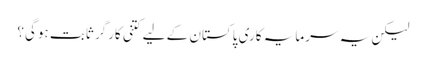
لیکن یہ سرمایہ کاری پاکستان کے لیے کتنی کارگر ثابت ہوگی؟